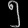
Digit: ၅